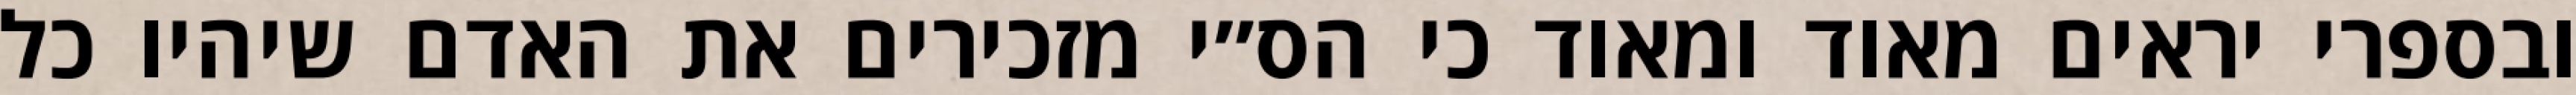
ובספרי יראים מאוד ומאוד כי הס״י מזכירים את האדם שיהיו כל